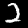
Label: 2